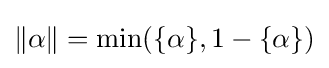
\|\alpha \|=\min(\{\alpha \},1-\{\alpha \})